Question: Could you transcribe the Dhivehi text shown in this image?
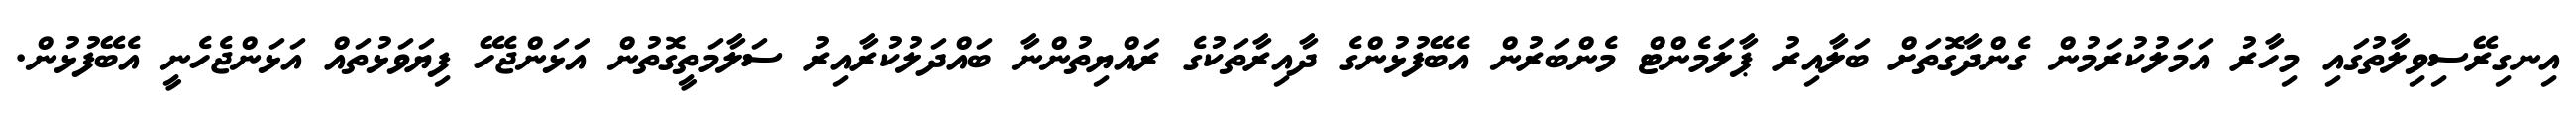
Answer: އިނގިރޭސިވިލާތުގައި މިހާރު އަމަލުކުރަމުން ގެންދާގޮތަށް ބަލާއިރު ޕާލަމެންޓް މެންބަރުން އެބޭފުޅުންގެ ދާއިރާތަކުގެ ރައްޔިތުންނާ ބައްދަލުކުރާއިރު ސަލާމަތީގޮތުން އަޅަންޖެހޭ ފިޔަވަޅުތައް އަޅަންޖެހެނީ އެބޭފުޅުން.